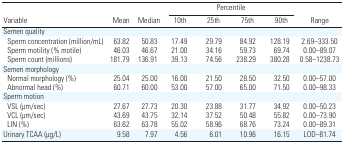
<table><thead><tr><td rowspan="2"><b>Variable</b></td><td rowspan="2"><b>Mean</b></td><td rowspan="2"><b>Median</b></td><td colspan="4"><b>Percentile</b></td><td rowspan="2"><b>Range</b></td></tr><tr><td><b>10th</b></td><td><b>25th</b></td><td><b>75th</b></td><td><b>90th</b></td></tr></thead><tbody><tr><td><b>Semen quality</b></td></tr><tr><td><b>Sperm concentration (million/mL)</b></td><td>63.82</td><td>50.83</td><td>17.49</td><td>29.79</td><td>84.92</td><td>128.19</td><td>2.69–333.50</td></tr><tr><td><b>Sperm motility (% motile)</b></td><td>46.03</td><td>46.67</td><td>21.00</td><td>34.16</td><td>59.73</td><td>69.74</td><td>0.00–89.07</td></tr><tr><td><b>Sperm count (millions)</b></td><td>181.79</td><td>136.91</td><td>39.13</td><td>74.56</td><td>238.29</td><td>380.28</td><td>0.58–1238.73</td></tr><tr><td><b>Semen morphology</b></td></tr><tr><td><b>Normal morphology (%)</b></td><td>25.04</td><td>25.00</td><td>16.00</td><td>21.50</td><td>28.50</td><td>32.50</td><td>0.00–57.00</td></tr><tr><td><b>Abnormal head (%)</b></td><td>60.71</td><td>60.00</td><td>53.00</td><td>57.00</td><td>65.00</td><td>71.50</td><td>0.00–98.33</td></tr><tr><td><b>Sperm motion</b></td></tr><tr><td><b>VSL (μm/sec)</b></td><td>27.67</td><td>27.73</td><td>20.30</td><td>23.88</td><td>31.77</td><td>34.92</td><td>0.00–50.23</td></tr><tr><td><b>VCL (μm/sec)</b></td><td>43.69</td><td>43.75</td><td>32.14</td><td>37.52</td><td>50.48</td><td>55.82</td><td>0.00–73.90</td></tr><tr><td><b>LIN (%)</b></td><td>63.62</td><td>63.78</td><td>55.02</td><td>58.96</td><td>68.76</td><td>73.24</td><td>0.00–89.31</td></tr><tr><td><b>Urinary TCAA (μg/L)</b></td><td>9.58</td><td>7.97</td><td>4.56</td><td>6.01</td><td>10.96</td><td>16.15</td><td>LOD–81.74</td></tr></tbody></table>